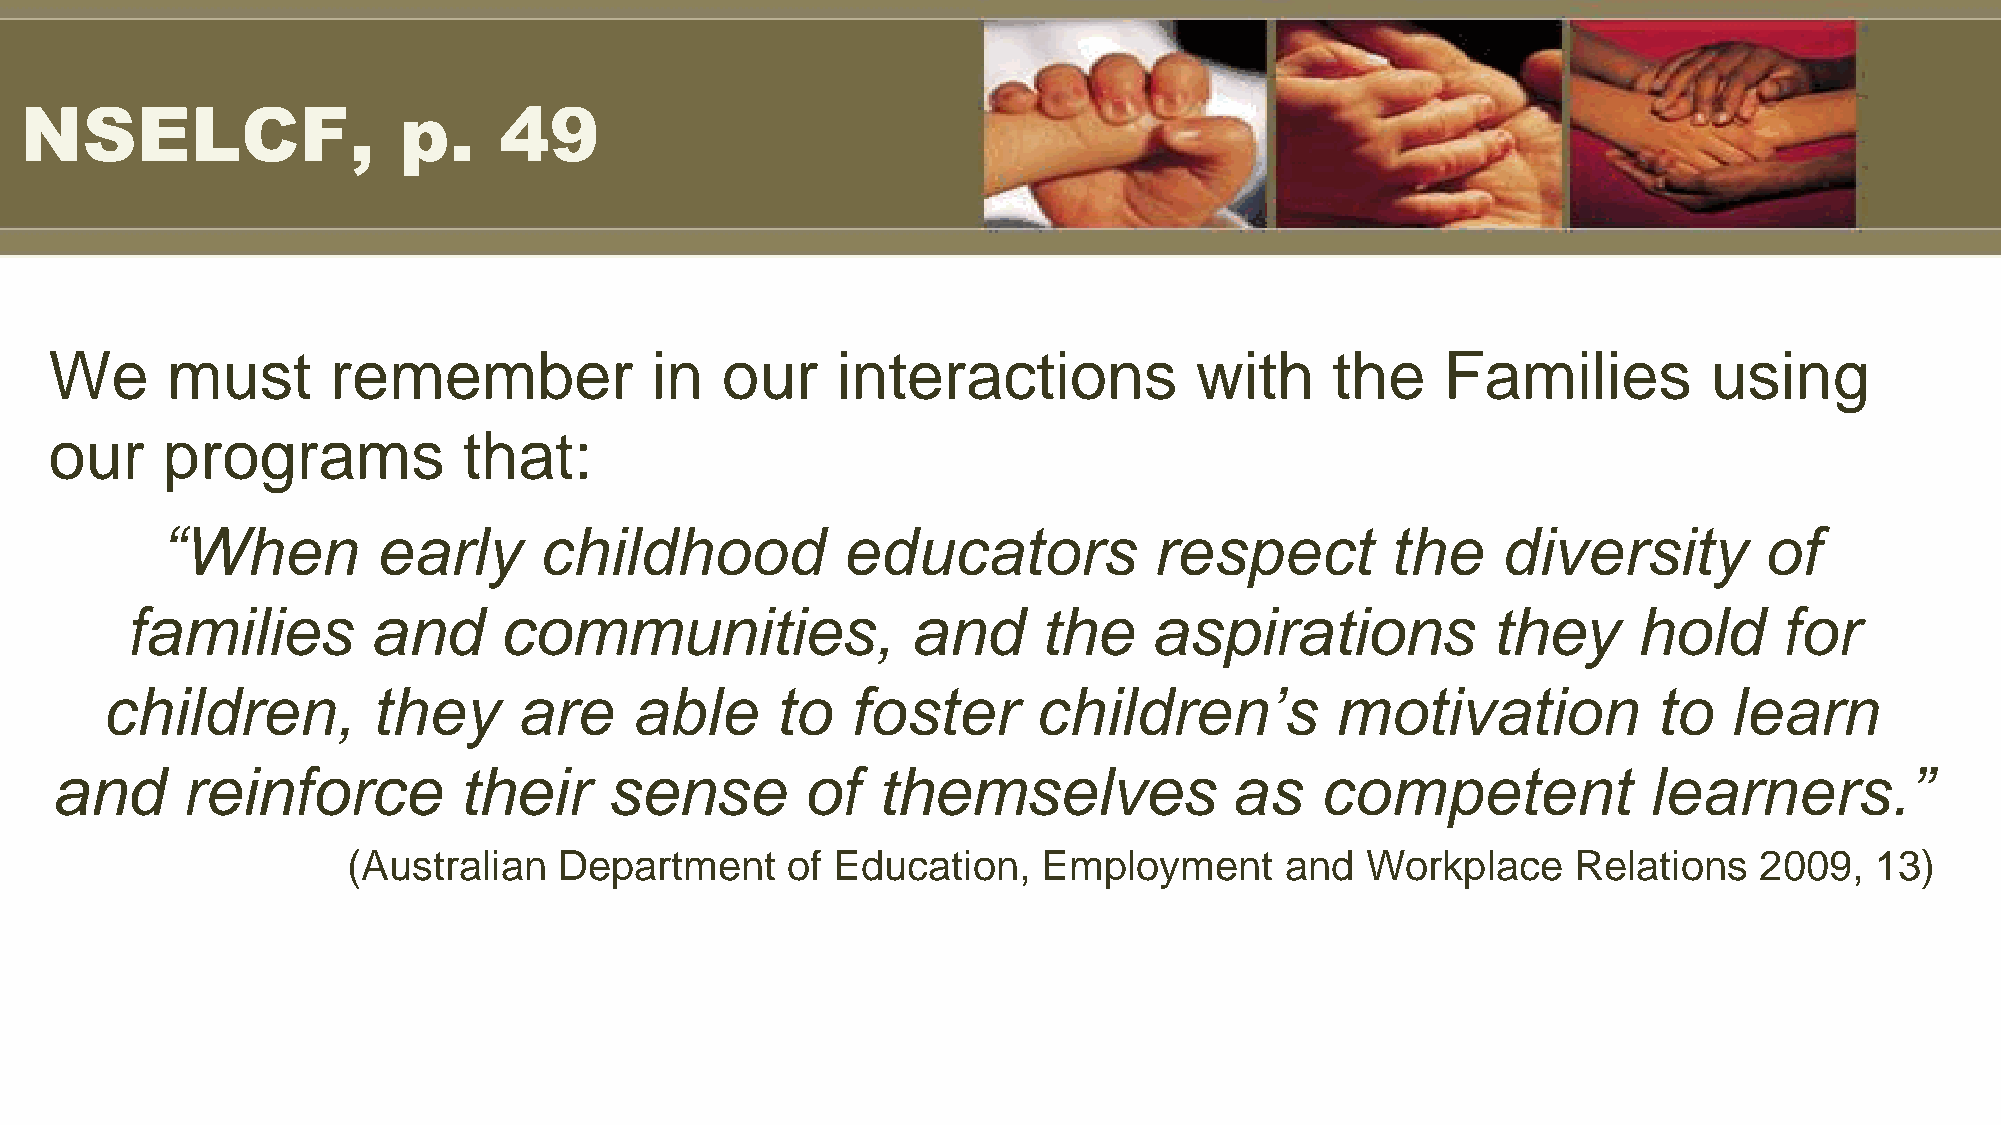
NSELCF,                  p.     49
 We      must       remember             in   our    interactions            with     the     Families         using
 our     programs            that:
 “When         early      childhood           educators           respect         the    diversity         of
 families         and     communities,               and      the    aspirations            they     hold      for
 children,         they     are     able     to   foster       children’s         motivation            to   learn
 and      reinforce         their     sense        of   themselves              as   competent             learners.”
 (Australian   Department     of Education,    Employment      and  Workplace     Relations   2009,   13)